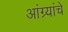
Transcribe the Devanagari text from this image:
आंग्र्यांचे